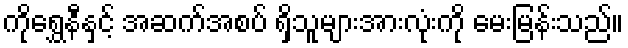
ကိုရွှေနီနှင့် အဆက်အစပ် ရှိသူများအားလုံးကို မေးမြန်းသည်။